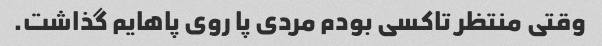
وقتی منتظر تاکسی بودم مردی پا روی پاهایم گذاشت.